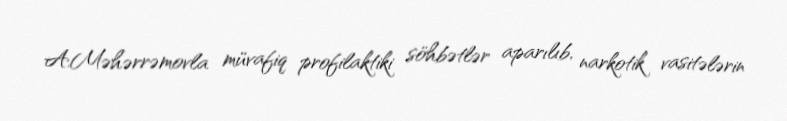
A.Məhərrəmovla müvafiq profilaktiki söhbətlər aparılıb, narkotik vasitələrin